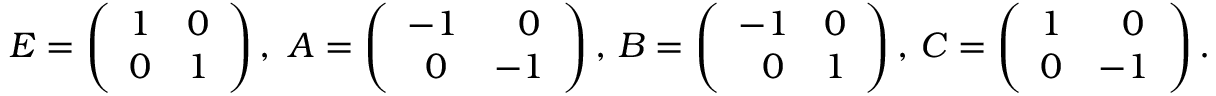
E = \left( \begin{array} { l l } { { 1 } } & { { 0 } } \\ { { 0 } } & { { 1 } } \end{array} \right) , \, \, A = \left( \begin{array} { l l } { { - 1 } } & { { \, \, \, \, 0 } } \\ { { \, \, \, 0 } } & { { - 1 } } \end{array} \right) , \, B = \left( \begin{array} { l l } { { - 1 } } & { { 0 } } \\ { { \, \, \, \, 0 } } & { { 1 } } \end{array} \right) , \, C = \left( \begin{array} { l l } { { 1 } } & { { \, \, \, \, 0 } } \\ { { 0 } } & { { - 1 } } \end{array} \right) .